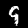
Label: 9